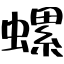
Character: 螺